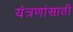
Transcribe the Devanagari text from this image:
यंत्रणांसाठी